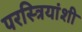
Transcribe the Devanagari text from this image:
परस्त्रियांशी